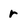
Character: r